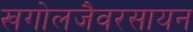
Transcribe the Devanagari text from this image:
खगोलजैवरसायन